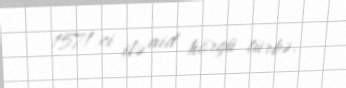
1571-ci ilə aid hörgü türbə.